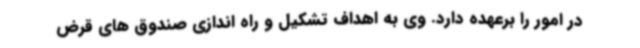
در امور را برعهده دارد. وی به اهداف تشکیل و راه اندازی صندوق های قرض